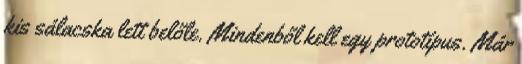
kis sálacska lett belőle. Mindenből kell egy prototípus. Már